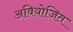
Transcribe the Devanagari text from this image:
अवियोजित